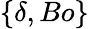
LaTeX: \{ \delta,Bo\}